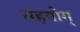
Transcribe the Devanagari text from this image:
सहयोग्